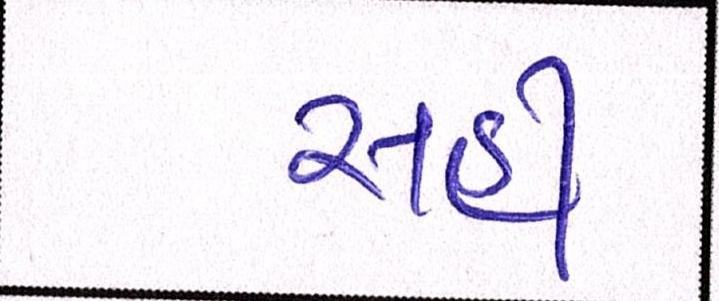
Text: સહી